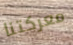
معركتنا